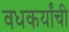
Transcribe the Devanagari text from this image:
वधकर्यांची